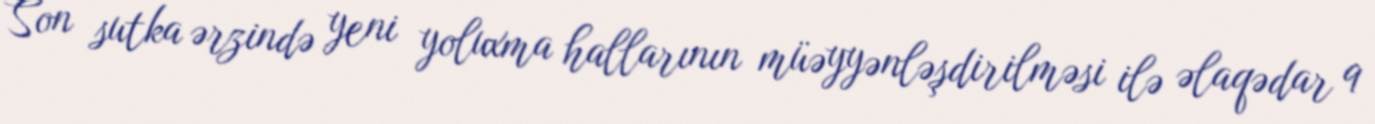
Son sutka ərzində yeni yoluxma hallarının müəyyənləşdirilməsi ilə əlaqədar 9